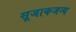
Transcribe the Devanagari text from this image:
सूजाकजन्य